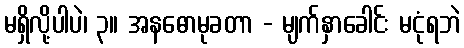
မရှိလို့ပါပဲ၊ ၃။ အနဓောမုခတာ - မျက်နှာခေါင်း မငုံရဘဲ